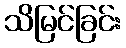
သိမြင်ခြင်း